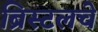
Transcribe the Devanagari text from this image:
ब्रिस्टलचे